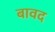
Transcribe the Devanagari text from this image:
बावद